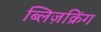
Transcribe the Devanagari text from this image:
ब्लिज़क्रिंग